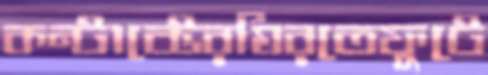
কন্টাক্টেরঘিরতেফুটে